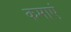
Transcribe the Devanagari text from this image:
कमाएं